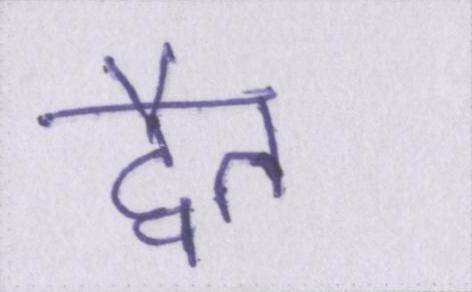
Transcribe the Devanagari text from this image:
द्वैत